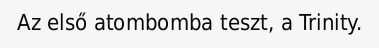
Az első atombomba teszt, a Trinity.